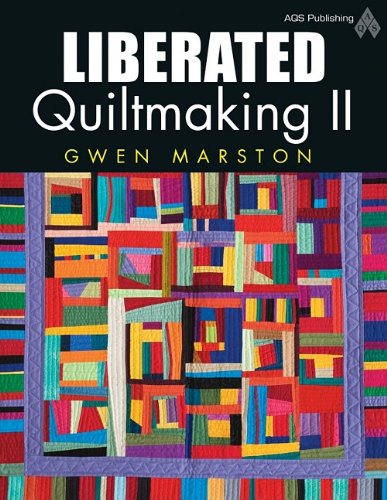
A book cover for Liberated Quiltmaking II; Marston; Crafts, Hobbies & Home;